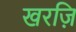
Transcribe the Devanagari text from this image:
खरज़ि